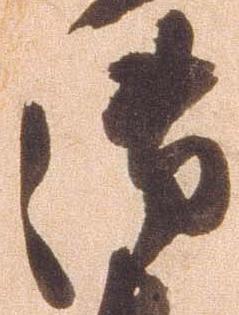
御